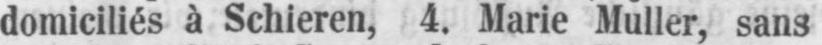
domiciliés à Schieren, 4. Marie Muller, sans